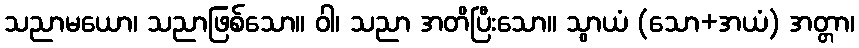
သညာမယော၊ သညာဖြစ်သော။ ဝါ၊ သညာ အတိပြီးသော။ သွာယံ (သော+အယံ) အတ္တာ၊